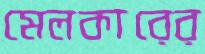
মেলকারের